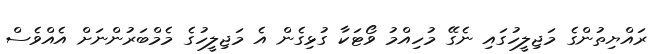
ރައްޔިތުންގެ މަޖިލީހުގައި ނެގޭ މުހިއްމު ވޯޓަކާ ގުޅިގެން އެ މަޖިލީހުގެ މެމްބަރުންނަށް އެއްވެސް